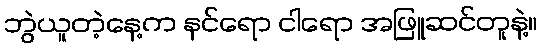
ဘွဲယူတဲ့နေ့က နင်ရော ငါရော အဖြူဆင်တူနဲ့။